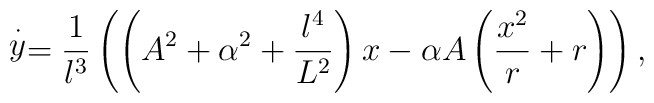
\stackrel{\cdot}{y}=\frac{1}{l^3}\left(\left(A^2+\alpha^2+\frac{l^4}{L^2}\right)x-\alpha A\left(\frac{x^2}{r}+r\right)\right),